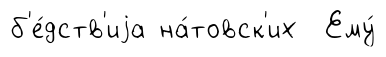
б'е́дств'иjа на́товск'их Ему́